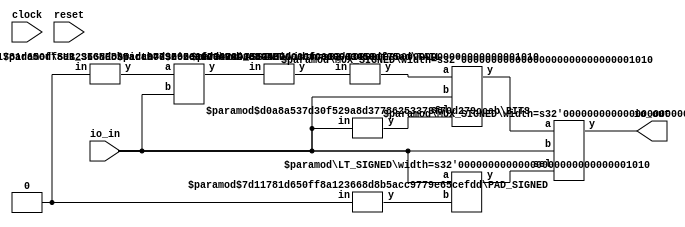
module SignedModule(
    input clock,
    input reset,
    input [9:0] io_in,
    output [9:0] io_out
);
    wire _T_5;
    wire [9:0] _WTEMP_0;
    PAD_SIGNED #(.width(1), .n(10)) s_pad_1 (
        .y(_WTEMP_0),
        .in(1'sh0)
    );
    EQ_SIGNED #(.width(10)) s_eq_2 (
        .y(_T_5),
        .a(io_in),
        .b(_WTEMP_0)
    );
    wire _T_7;
    wire [9:0] _WTEMP_1;
    PAD_SIGNED #(.width(1), .n(10)) s_pad_3 (
        .y(_WTEMP_1),
        .in(1'sh0)
    );
    LT_SIGNED #(.width(10)) s_lt_4 (
        .y(_T_7),
        .a(io_in),
        .b(_WTEMP_1)
    );
    wire _T_10_eq;
    wire _T_10_lt;
    wire _T_12_zero;
    wire _T_12_neg;
    wire _T_13;
    BITS #(.width(10), .high(9), .low(9)) bits_5 (
        .y(_T_13),
        .in(io_in)
    );
    wire [10:0] _T_15;
    wire [9:0] _WTEMP_2;
    PAD_SIGNED #(.width(1), .n(10)) s_pad_6 (
        .y(_WTEMP_2),
        .in(1'sh0)
    );
    SUB_SIGNED #(.width(10)) s_sub_7 (
        .y(_T_15),
        .a(_WTEMP_2),
        .b(io_in)
    );
    wire [9:0] _T_16;
    TAIL #(.width(11), .n(1)) tail_8 (
        .y(_T_16),
        .in(_T_15)
    );
    wire [9:0] _T_17;
    ASSINT #(.width(10)) assint_9 (
        .y(_T_17),
        .in(_T_16)
    );
    wire [9:0] _T_18;
    MUX_SIGNED #(.width(10)) s_mux_10 (
        .y(_T_18),
        .sel(_T_13),
        .a(_T_17),
        .b(io_in)
    );
    wire _T_20;
    wire [9:0] _WTEMP_3;
    PAD_SIGNED #(.width(1), .n(10)) s_pad_11 (
        .y(_WTEMP_3),
        .in(1'sh0)
    );
    EQ_SIGNED #(.width(10)) s_eq_12 (
        .y(_T_20),
        .a(io_in),
        .b(_WTEMP_3)
    );
    wire _T_22;
    wire [9:0] _WTEMP_4;
    PAD_SIGNED #(.width(1), .n(10)) s_pad_13 (
        .y(_WTEMP_4),
        .in(1'sh0)
    );
    LT_SIGNED #(.width(10)) s_lt_14 (
        .y(_T_22),
        .a(io_in),
        .b(_WTEMP_4)
    );
    wire _T_25_eq;
    wire _T_25_lt;
    wire _T_27_zero;
    wire _T_27_neg;
    wire [9:0] _T_28;
    assign _T_28 = io_in;
    wire [9:0] _T_29;
    MUX_SIGNED #(.width(10)) s_mux_15 (
        .y(_T_29),
        .sel(_T_12_neg),
        .a(_T_18),
        .b(_T_28)
    );
    assign _T_10_eq = _T_5;
    assign _T_10_lt = _T_7;
    assign _T_12_neg = _T_10_lt;
    assign _T_12_zero = _T_10_eq;
    assign _T_25_eq = _T_20;
    assign _T_25_lt = _T_22;
    assign _T_27_neg = _T_25_lt;
    assign _T_27_zero = _T_25_eq;
    assign io_out = _T_29;
endmodule //SignedModule
module PAD_SIGNED(y, in);
    parameter width = 4;
    parameter n = 4;
    output [(n > width ? n : width)-1:0] y;
    input [width-1:0] in;
    assign y = n > width ? {{(n - width){in[width-1]}}, in} : in;
endmodule // PAD_SIGNED
module EQ_SIGNED(y, a, b);
    parameter width = 4;
    output y;
    input [width-1:0] a;
    input [width-1:0] b;
    assign y = $signed(a) == $signed(b);
endmodule // EQ_SIGNED
module LT_SIGNED(y, a, b);
    parameter width = 4;
    output y;
    input [width-1:0] a;
    input [width-1:0] b;
    assign y = $signed(a) < $signed(b);
endmodule // LT_SIGNED
module BITS(y, in);
    parameter width = 4;
    parameter high = 2;
    parameter low = 0;
    output [high-low:0] y;
    input [width-1:0] in;
    assign y = in[high:low];
endmodule // BITS
module SUB_SIGNED(y, a, b);
    parameter width = 4;
    output [width:0] y;
    input [width-1:0] a;
    input [width-1:0] b;
    assign y = $signed(a) - $signed(b);
endmodule // SUB_SIGNED
module TAIL(y, in);
    parameter width = 4;
    parameter n = 2;
    output [width-n-1:0] y;
    input [width-1:0] in;
    assign y = in[width-n-1:0];
endmodule // TAIL
module ASSINT(y, in);
    parameter width = 4;
    output [width-1:0] y;
    input [width-1:0] in;
    assign y = $signed(in);
endmodule // ASSINT
module MUX_SIGNED(y, sel, a, b);
    parameter width = 4;
    output [width-1:0] y;
    input sel;
    input [width-1:0] a;
    input [width-1:0] b;
    assign y = sel ? $signed(a) : $signed(b);
endmodule // MUX_SIGNED